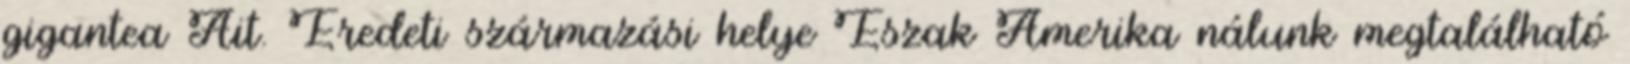
gigantea Ait. Eredeti származási helye Észak Amerika nálunk megtalálható